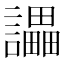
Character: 讄